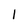
Character: 1